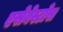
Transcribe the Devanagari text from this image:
एसेबेस्टाँस